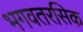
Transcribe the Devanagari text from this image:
भगवतरसिक